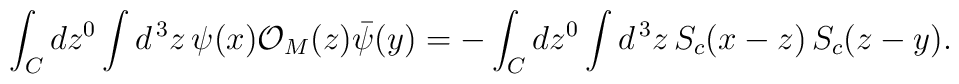
\int_C d z^0 \int d^{\, 3} z \, \psi (x) {\cal O}_M (z) \bar{\psi} (y) = - \int_C d z^0 \int d^{\, 3} z \, S_c (x - z) \, S_c (z - y) .